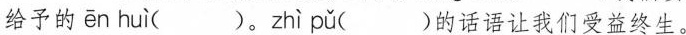
给予的ēn huì ( )。 zhì pǔ ( )的话语让我们受益终生。